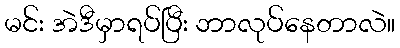
မင်း အဲဒီမှာရပ်ပြီး ဘာလုပ်နေတာလဲ။